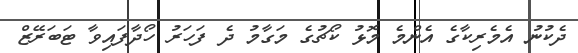
ދެކުނު އެމެރިކާގެ އެންމެ މޮޅު ކޯޗުގެ މަގާމު ދެ ފަހަރު ހޯދާފައިވާ ޓަބަރޭޒް